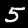
Digit: 5